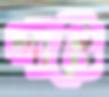
পাস্টে